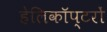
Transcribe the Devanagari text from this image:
हेलिकाॅप्टरों